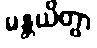
မန္တယိတွာ